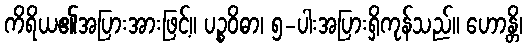
ကိရိယ၏အပြားအားဖြင့်။ ပဉ္စဝိဓာ၊ ၅-ပါးအပြားရှိကုန်သည်။ ဟောန္တိ၊